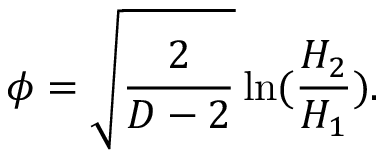
\phi = \sqrt { \frac { 2 } { D - 2 } } \ln ( \frac { H _ { 2 } } { H _ { 1 } } ) .